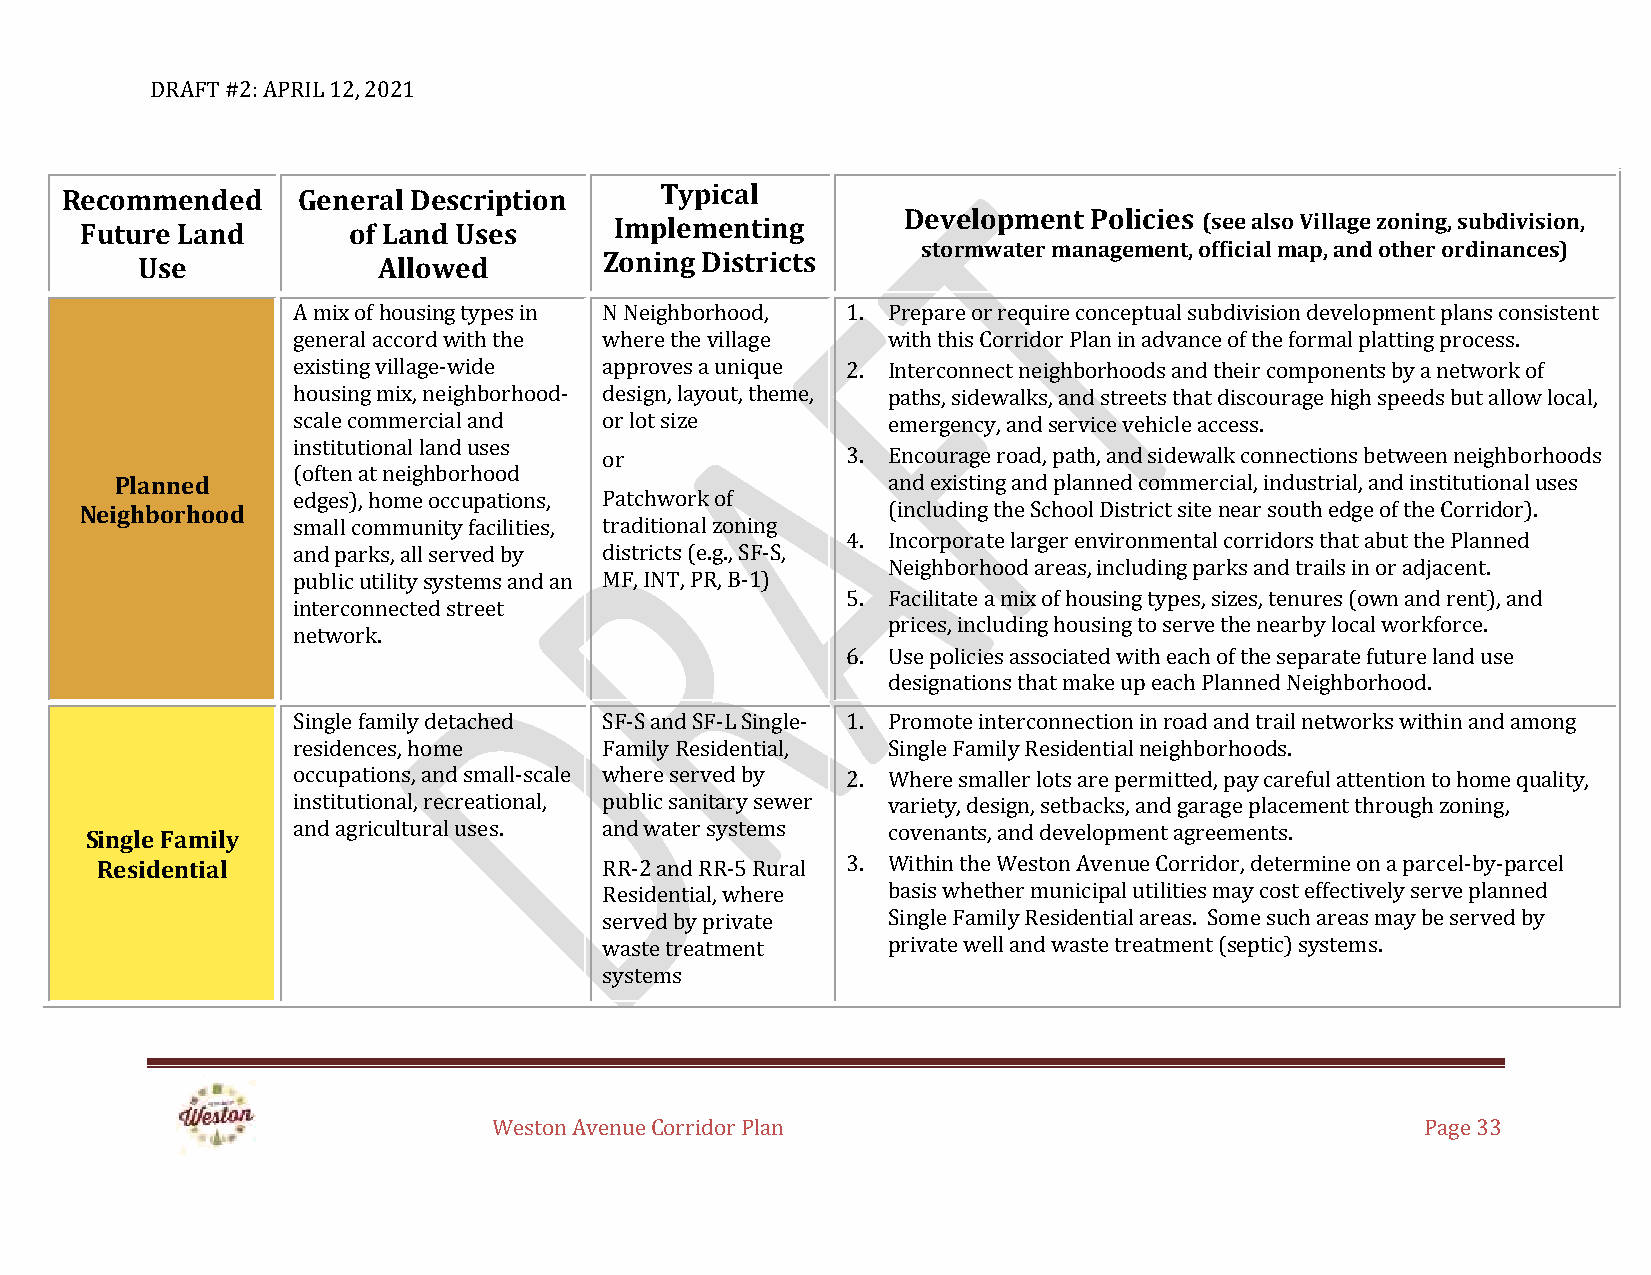
DRAFT #2: APRIL 12, 2021
 Recommended     General Description     Typical
 Future Land       of Land Uses      Implementing       Development Policies (see also Village zoning, subdivision,
 stormwater management, official map, and other ordinances)
 Use             Allowed        Zoning Districts
 A mix of housing types in N Neighborhood, 1. Prepare or require conceptual subdivision development plans consistent
 general accord with the where the village with this Corridor Plan in advance of the formal platting process.
 existing village-wide approves a unique 2. Interconnect neighborhoods and their components by a network of
 housing mix, neighborhood- design, layout, theme, paths, sidewalks, and streets that discourage high speeds but allow local,
 scale commercial and or lot size        emergency, and service vehicle access.
 institutional land uses
 or              3. Encourage road, path, and sidewalk connections between neighborhoods
 (often at neighborhood
 Planned                                            and existing and planned commercial, industrial, and institutional uses
 edges), home occupations, Patchwork of
 Neighborhood                                          (including the School District site near south edge of the Corridor).
 small community facilities, traditional zoning
 4. Incorporate larger environmental corridors that abut the Planned
 and parks, all served by districts (e.g., SF-S,
 Neighborhood areas, including parks and trails in or adjacent.
 public utility systems and an MF, INT, PR, B-1)
 5. Facilitate a mix of housing types, sizes, tenures (own and rent), and
 interconnected street
 prices, including housing to serve the nearby local workforce.
 network.
 6. Use policies associated with each of the separate future land use
 designations that make up each Planned Neighborhood.
 Single family detached SF-S and SF-L Single- 1. Promote interconnection in road and trail networks within and among
 residences, home     Family Residential, Single Family Residential neighborhoods.
 occupations, and small-scale where served by 2. Where smaller lots are permitted, pay careful attention to home quality,
 institutional, recreational, public sanitary sewer variety, design, setbacks, and garage placement through zoning,
 Single Family and agricultural uses. and water systems covenants, and development agreements.
 Residential                       RR-2 and RR-5 Rural 3. Within the Weston Avenue Corridor, determine on a parcel-by-parcel
 Residential, where basis whether municipal utilities may cost effectively serve planned
 served by private  Single Family Residential areas. Some such areas may be served by
 waste treatment    private well and waste treatment (septic) systems.
 systems
 Weston Avenue Corridor Plan                                  Page 33